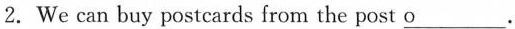
2. We can buy postcards from the post \underline{o}